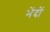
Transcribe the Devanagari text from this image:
भेंदों